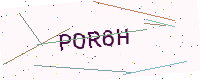
Text: POR6H